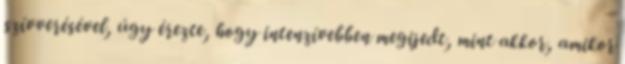
szívverésével, úgy érezte, hogy intenzívebben megijedt, mint akkor, amikor